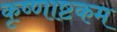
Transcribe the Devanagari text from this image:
कृष्णाष्टकम